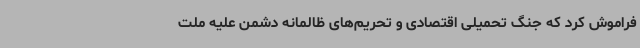
فراموش کرد که جنگ تحمیلی اقتصادی و تحریم‌های ظالمانه دشمن علیه ملت